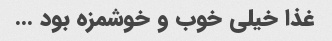
غذا خیلی خوب و خوشمزه بود …